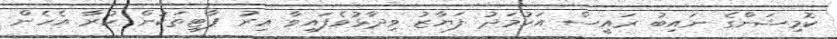
ކޮމިޝަންގެ ނައިބު ރައީސް އަހުމަދު ފަޔާޒު ވިދާޅުވެފައިވާ އިރު ޕާޓީތަކުން ކުރާ އެހެން